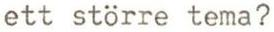
ett större tema?